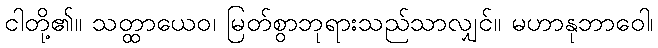
ငါတို့၏။ သတ္ထာယေဝ၊ မြတ်စွာဘုရားသည်သာလျှင်။ မဟာနုဘာဝေါ၊